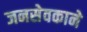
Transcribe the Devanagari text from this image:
जनसेवकाने